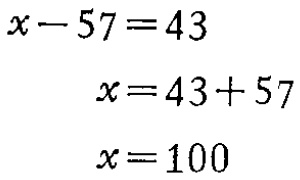
\[

\begin{align*}

x - 57 &= 43\\

x&=43 + 57\\

x&=100

\end{align*}

\]